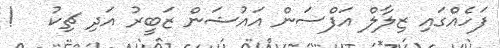
ފަހެއްގައި ޒިލާލް އަފްސަން އައުޝަން ޒަބީރު އަދި ޗިކު   !